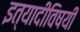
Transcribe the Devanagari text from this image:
इत्यादीविषयी